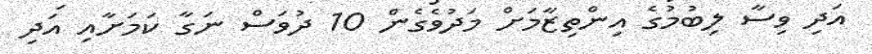
އަދި ވިސާ ލިބުމުގެ އިންތިޒާމަށް މަދުވެގެން 10 ދުވަސް ނަގާ ކަމަށާއި އަދި